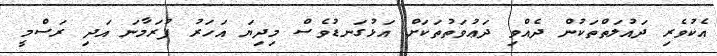
އެކުވެރި ދައުލަތްތަކުން ދެއްވި ދަޢުވަތުތަކަށް އަޅުގަނޑުވެސް މިދިޔަ އަހަރު ފުރަމާނަ އަދި ރަސްމީ